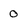
Character: 0